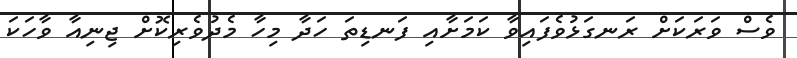
ވެސް ވަރަކަށް ރަނގަޅުވެފައިވާ ކަމަށާއި ފަނޑިތަ ހަދާ މިހާ މެދުވެރިކޮށް ޖިނިއާ ވާހަކަ